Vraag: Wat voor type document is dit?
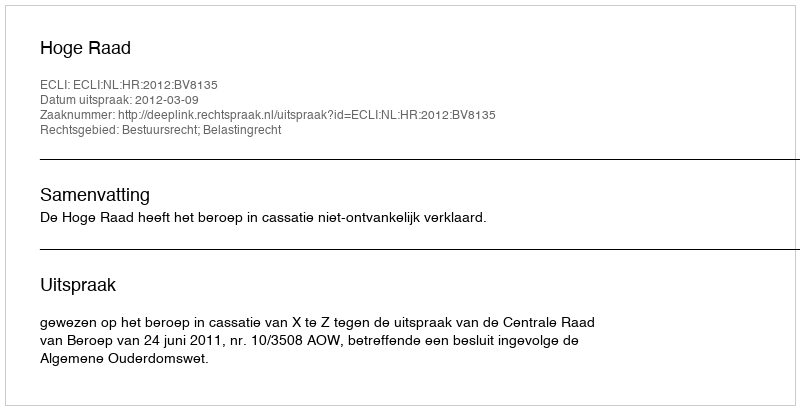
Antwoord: Uitspraak